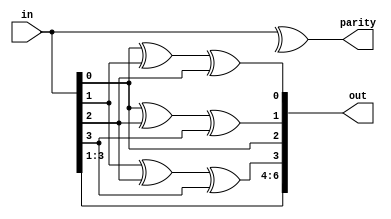
module hamming_encoder(in, out, parity);

  //Hamming(7,4), encodes a 4-bit input when a  7-bit keyword
  input [3:0] in;
  //encoded message
  output [6:0] out;
  //parity bit showing whether encoded message is even or odd
  output parity;
  //registers for storing parity bits
  reg p1, p2, p4;

  //parity bit generation
  always @(*) begin
    p1 = in[0] ^ in[1] ^ in[2];
    p2 = in[0] ^ in[2] ^ in[3];
    p4 = in[1] ^ in[2] ^ in[3];
  end

  //input:   d3 d2 d1    d0
  //output:  d7 d6 d5 p4 d3 p2 p1
  assign out = {in[3:1],p4,in[0],p2,p1};

  //this parity bit tells whether input is even or odd
  assign parity = ^in;
endmodule